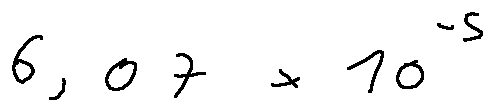
6 , 0 7 \times 1 0 ^ { - 5 }